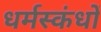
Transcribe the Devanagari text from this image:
धर्मस्कंधों